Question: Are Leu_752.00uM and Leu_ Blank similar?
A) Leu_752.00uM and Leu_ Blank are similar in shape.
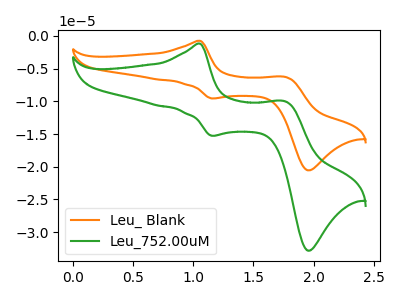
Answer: <think>The orange curve "Leu_ Blank" has anodic peaks at (1.05V, -0.75uA) (1.75V, -6.25uA) and cathodic peaks at (1.15V, -9.55uA) (1.95V, -20.55uA). The green curve "Leu_752.00uM" has anodic peaks at (1.05V, -1.20uA) (1.75V, -10.00uA) and cathodic peaks at (1.15V, -15.25uA) (1.95V, -32.85uA).
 All the peaks in "Leu_752.00uM" have a peak in "Leu_ Blank" at the same potential.</think>
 <answer>A) "Leu_752.00uM" and "Leu_ Blank" are similar in shape.</answer>
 <eval>A</eval>